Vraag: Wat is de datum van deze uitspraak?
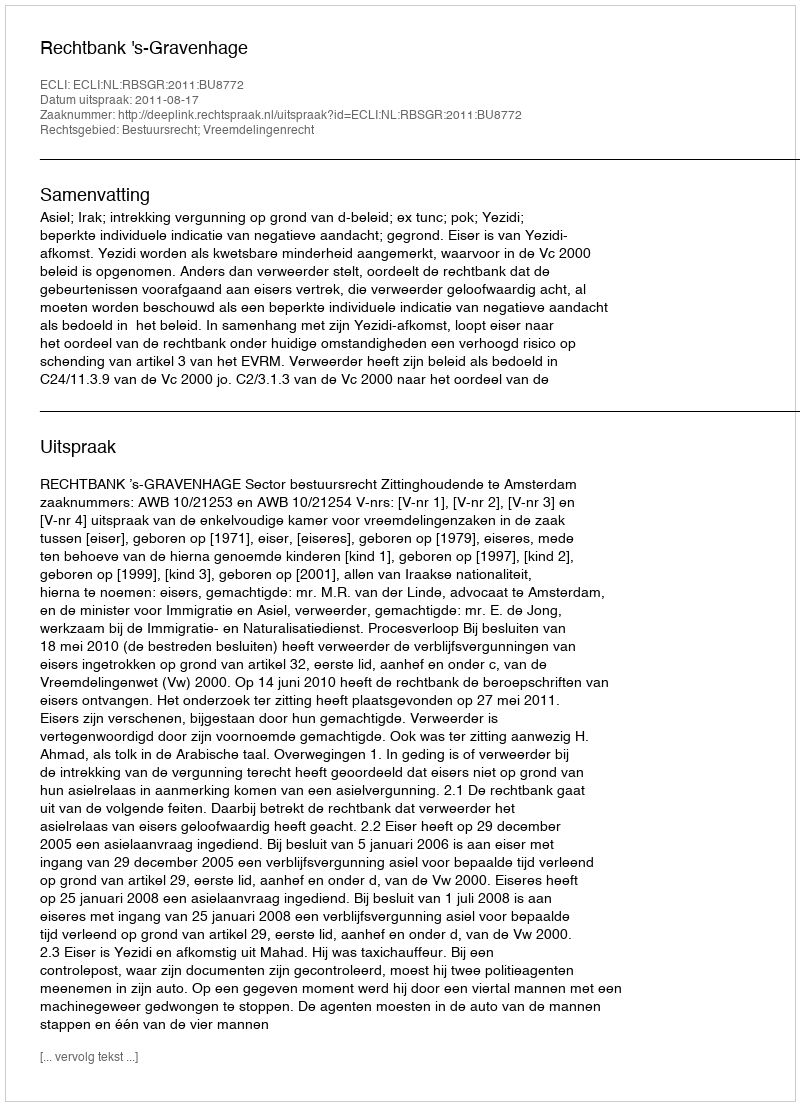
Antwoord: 2011-08-17